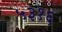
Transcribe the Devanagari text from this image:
५३१६